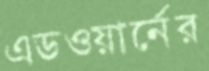
এডওয়ার্নের